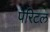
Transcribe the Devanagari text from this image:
पेरिटल